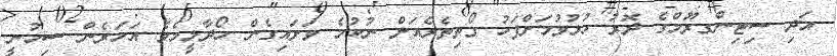
އަދި ސިޓިންގރޫމްގެ ދޮރު ހުޅުވުމަށްފަހު ގޯތިތެރެއަށް ނުކުމެ ވަށައިގެން ހޯދާލީމެވެ އަހަރެން ސިހުނީ